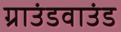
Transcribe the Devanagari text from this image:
ग्राउंडवाउंड